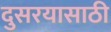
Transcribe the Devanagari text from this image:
दुसरयासाठी